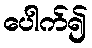
ပေါက်၍